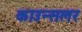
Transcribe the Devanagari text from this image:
काउन्सलर